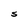
Character: S